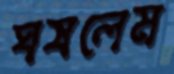
ঘষলেম